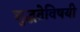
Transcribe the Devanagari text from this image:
शुद्धतेविषयी